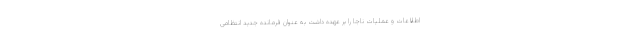
اطلاعات و عملیات ناجا را بر عهده داشت به عنوان فرمانده جدید انتظامی